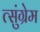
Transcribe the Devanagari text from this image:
त्सुंग्रेम